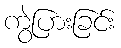
ကွဲပြားခြင်း